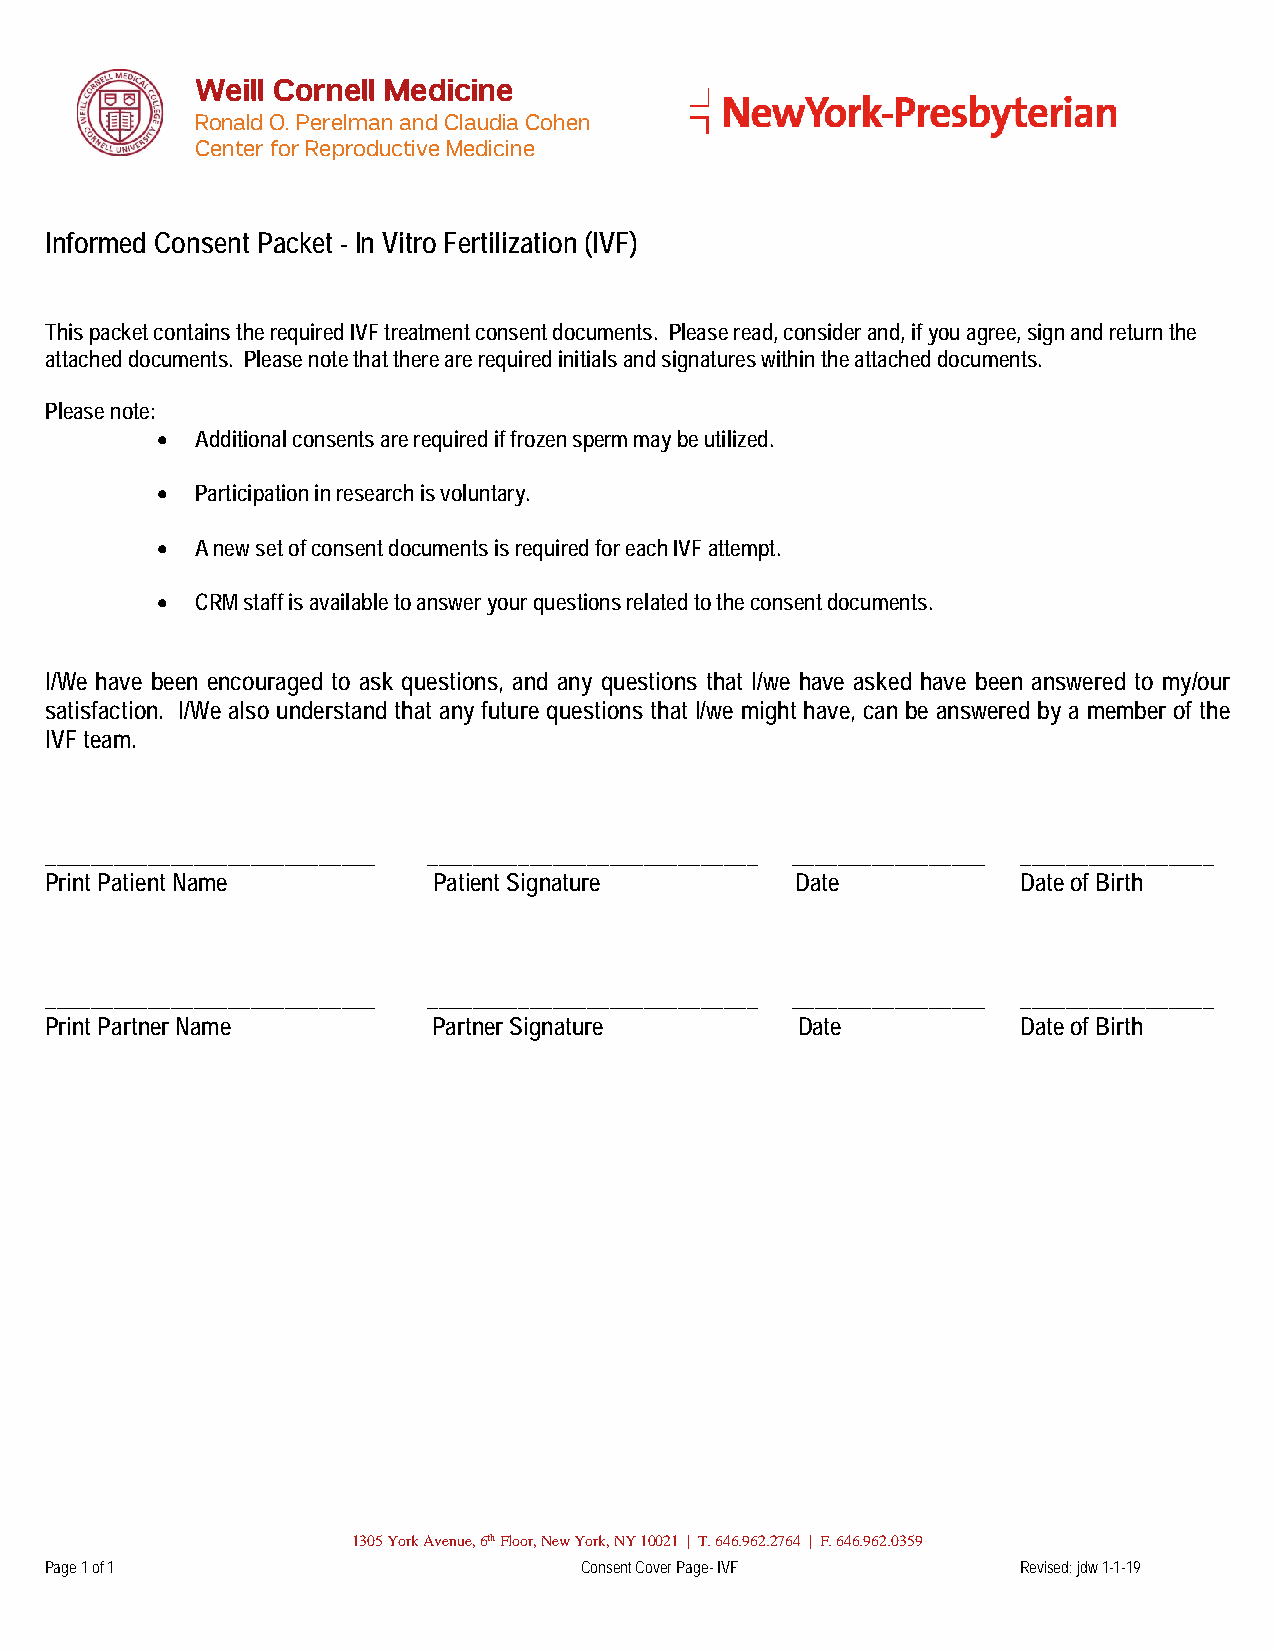
Weill Cornell Medicine
 Ronald O. Perelman and Claudia Cohen
 Center for Reproductive Medicine
 Informed Consent Packet - In Vitro Fertilization (IVF)
 This packet contains the required IVF treatment consent documents. Please read, consider and, if you agree, sign and return the
 attached documents. Please note that there are required initials and signatures within the attached documents.
 Please note:
 •  Additional consents are required if frozen sperm may be utilized.
 •  Participation in research is voluntary.
 •  A new set of consent documents is required for each IVF attempt.
 •  CRM staff is available to answer your questions related to the consent documents.
 I/We have been encouraged to ask questions, and any questions that I/we have asked have been answered to my/our
 satisfaction. I/We also understand that any future questions that I/we might have, can be answered by a member of the
 IVF team.
 _____________________________ _____________________________ _________________ _________________
 Print Patient Name        Patient Signature       Date           Date of Birth
 _____________________________ _____________________________ _________________ _________________
 Print Partner Name        Partner Signature       Date           Date of Birth
 1305 York Avenue, 6th Floor, New York, NY 10021 | T. 646.962.2764 | F. 646.962.0359
 Page 1 of 1                        Consent Cover Page- IVF       Revised: jdw 1-1-19